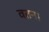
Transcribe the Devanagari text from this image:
वतन।